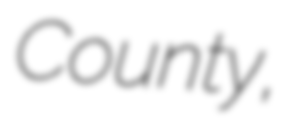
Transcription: County,